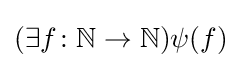
(\exists f\colon \mathbb {N} \to \mathbb {N} )\psi (f)